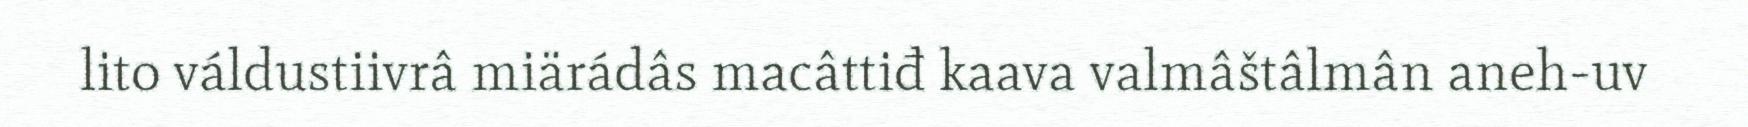
lito váldustiivrâ miärádâs macâttiđ kaava valmâštâlmân aneh-uv